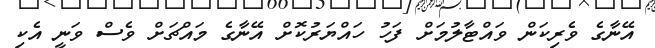
އޭނާގެ ވެރިކަން ވައްޓާލުމަށް ފަހު ހައްޔަރުކޮށް އޭނާގެ މައްޗަށް ވެސް ވަނީ އެކި